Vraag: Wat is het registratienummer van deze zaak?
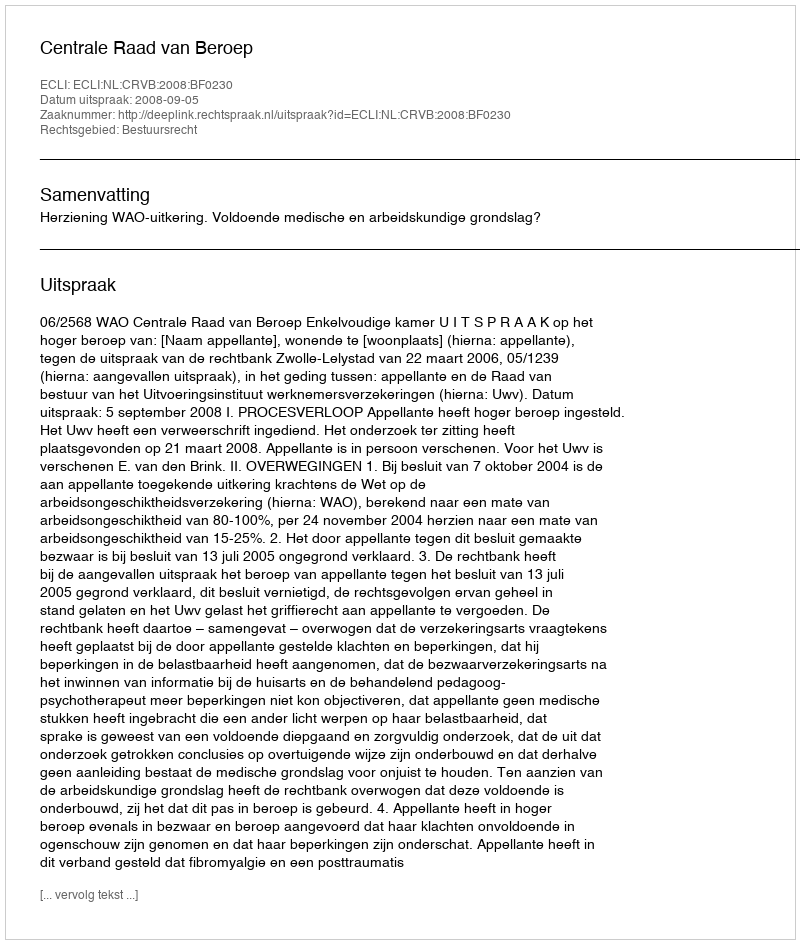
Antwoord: http://deeplink.rechtspraak.nl/uitspraak?id=ECLI:NL:CRVB:2008:BF0230